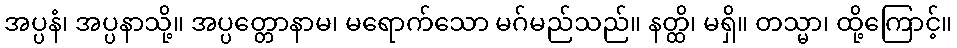
အပ္ပနံ၊ အပ္ပနာသို့။ အပ္ပတ္တောနာမ၊ မရောက်သော မဂ်မည်သည်။ နတ္ထိ၊ မရှိ။ တသ္မာ၊ ထို့ကြောင့်။